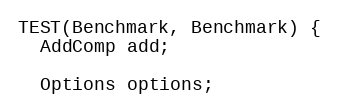
Language: C++
TEST(Benchmark, Benchmark) {
  AddComp add;

  Options options;